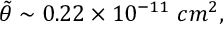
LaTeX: { \tilde { \theta } } \sim 0 . 2 2 \times 1 0 ^ { - 1 1 } \, \, c m ^ { 2 } ,